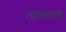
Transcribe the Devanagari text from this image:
अव्यवह्त